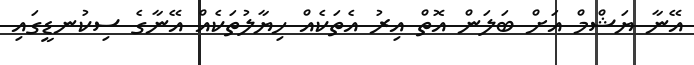
އޭނާ ޔަޝްމް އަށް ބަލަން އޮތް އިރު އެތަކެއް ހިޔާލުތަކެއް އޭނާގެ ސިކުނޑީގައި